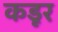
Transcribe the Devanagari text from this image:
कडूर